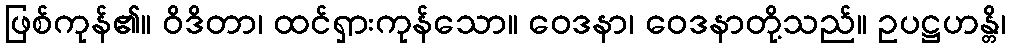
ဖြစ်ကုန်၏။ ဝိဒိတာ၊ ထင်ရှားကုန်သော။ ဝေဒနာ၊ ဝေဒနာတို့သည်။ ဥပဋ္ဌဟန္တိ၊